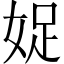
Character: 娖